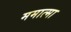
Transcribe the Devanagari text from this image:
ममात्मा